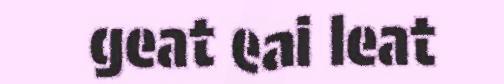
geat eai leat